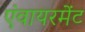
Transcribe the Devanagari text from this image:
एंवायरमेंट